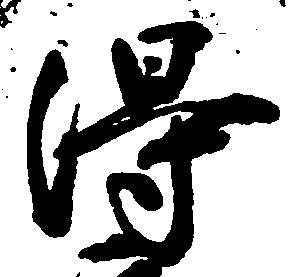
得